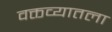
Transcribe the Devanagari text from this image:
वक्तव्यातला